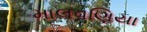
માલવણિયા